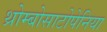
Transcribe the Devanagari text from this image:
थ्रोम्बोसाटोपेनिया